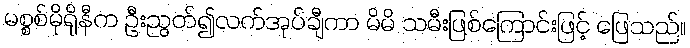
မစ္စစ်မိုရိုနီက ဦးညွတ်၍လက်အုပ်ချီကာ မိမိ သမီးဖြစ်ကြောင်းဖြင့် ဖြေသည်။